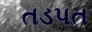
તડપત